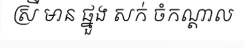
ស្រី មាន ផ្នួង សក់ ចំកណ្តាល